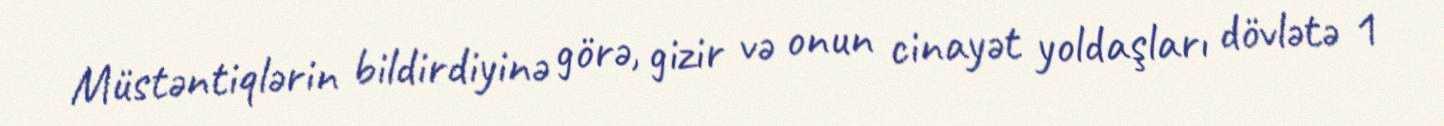
Müstəntiqlərin bildirdiyinə görə, gizir və onun cinayət yoldaşları dövlətə 1